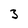
Character: 3